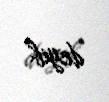
deyib.